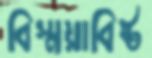
বিস্ময়াবিষ্ট